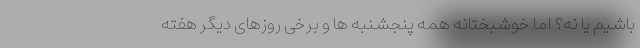
باشیم یا نه؟ اما خوشبختانه همه پنجشنبه ها و برخی روزهای دیگر هفته